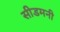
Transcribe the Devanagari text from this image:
सीडमनी